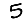
Digit: 5